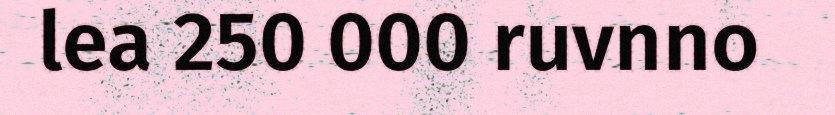
lea 250 000 ruvnno